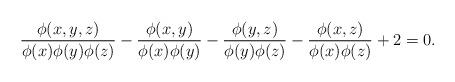
LaTeX: \begin{align*} \frac{\phi(x,y,z)}{\phi(x)\phi(y)\phi(z)} - \frac{\phi(x,y)}{\phi(x)\phi(y)} - \frac{\phi(y,z)}{\phi(y)\phi(z)} - \frac{\phi(x,z)}{\phi(x)\phi(z)} + 2 =0 .\end{align*}